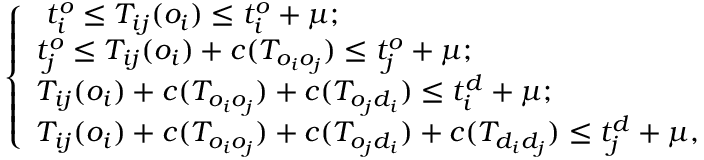
\left\{ \begin{array} { l l } { \ t _ { i } ^ { o } \leq T _ { i j } ( o _ { i } ) \leq t _ { i } ^ { o } + \mu ; } \\ { t _ { j } ^ { o } \leq T _ { i j } ( o _ { i } ) + c ( T _ { o _ { i } o _ { j } } ) \leq t _ { j } ^ { o } + \mu ; } \\ { T _ { i j } ( o _ { i } ) + c ( T _ { o _ { i } o _ { j } } ) + c ( T _ { o _ { j } d _ { i } } ) \leq t _ { i } ^ { d } + \mu ; } \\ { T _ { i j } ( o _ { i } ) + c ( T _ { o _ { i } o _ { j } } ) + c ( T _ { o _ { j } d _ { i } } ) + c ( T _ { d _ { i } d _ { j } } ) \leq t _ { j } ^ { d } + \mu , } \end{array} \right.